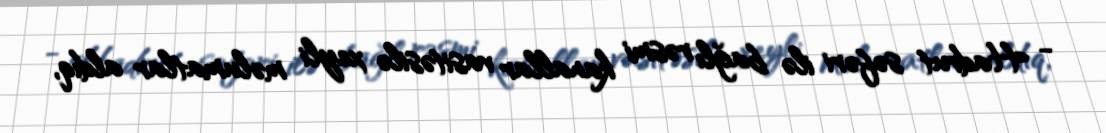
- Hadrut səfəri ilə bağlı rəsmi kanallar vasitəsilə xeyli məlumatlar aldıq,